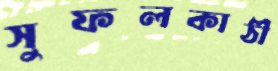
সুফলকাঠী